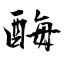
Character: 酶